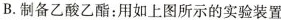
B.制备乙酸乙酯；用如上图所示的实验装置